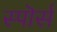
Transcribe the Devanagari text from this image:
स्पॊर्स